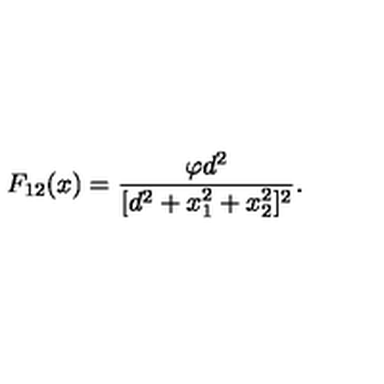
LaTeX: F _ { 1 2 } ( x ) = \frac { \varphi d ^ { 2 } } { [ d ^ { 2 } + x _ { 1 } ^ { 2 } + x _ { 2 } ^ { 2 } ] ^ { 2 } } .